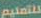
للتعليم